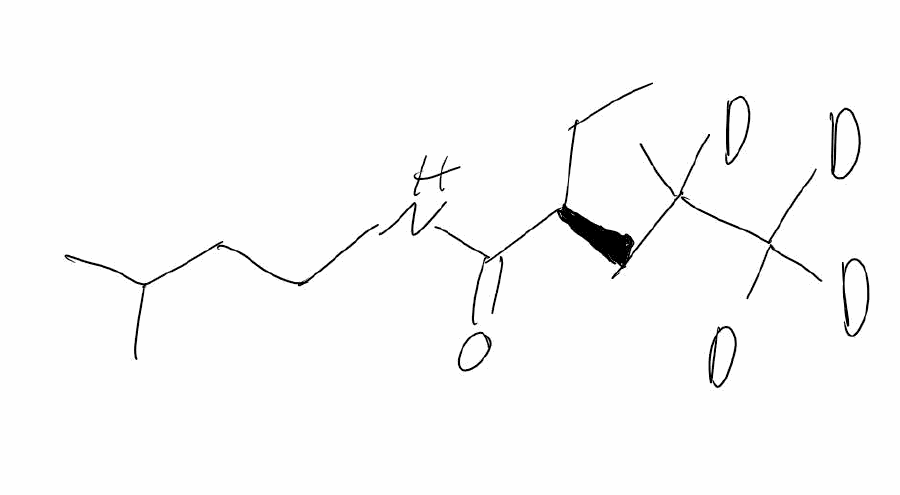
Simplified molecular-input line-entry system (SMILES) notation of the given molecule:
[2H]C([2H])([2H])C([2H])(C)C[C@H](CC)C(=O)NCCC(C)C